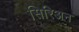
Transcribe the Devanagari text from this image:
सिरिअन